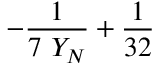
- \frac { 1 } { 7 \ Y _ { N } } + \frac { 1 } { 3 2 }